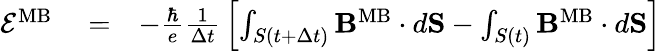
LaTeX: \begin{array}{rlr}{{\cal E}^{\mathrm{MB}}}&{{}=}&{-{\frac{\hbar}{e}}{\frac{1}{\Delta t}}\left[\int_{S(t+\Delta t)}{\mathbf B}^{\mathrm{MB}}\cdot d{\mathbf S}-\int_{S(t)}{\mathbf B}^{\mathrm{MB}}\cdot d{\mathbf S}\right]}\end{array}